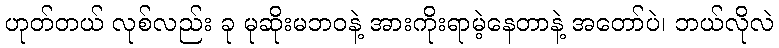
ဟုတ်တယ် လုစ်လည်း ခု မုဆိုးမဘဝနဲ့ အားကိုးရာမဲ့နေတာနဲ့ အတော်ပဲ၊ ဘယ်လိုလဲ